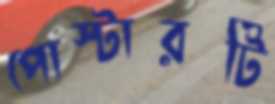
পোস্টারটি